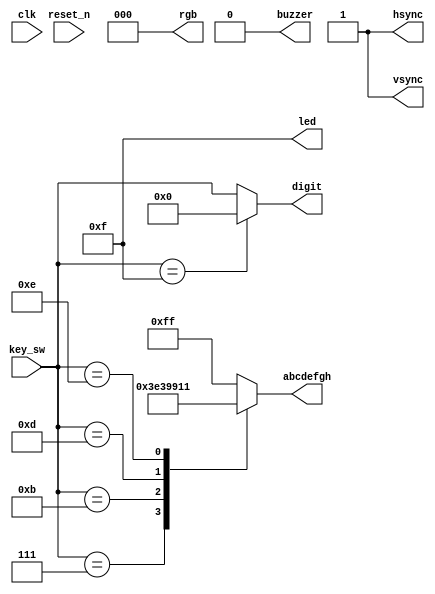
module top
(
    input        clk,
    input        reset_n,
    
    input  [3:0] key_sw,
    output [3:0] led,

    output [7:0] abcdefgh,
    output [3:0] digit,

    output       buzzer,

    output       hsync,
    output       vsync,
    output [2:0] rgb
);

    assign led    = 4'hf;
    assign buzzer = 1'b0;
    assign hsync  = 1'b1;
    assign vsync  = 1'b1;
    assign rgb    = 3'b0;

    //   --a--
    //  |     |
    //  f     b
    //  |     |
    //   --g--
    //  |     |
    //  e     c
    //  |     |
    //   --d--  h
    //
    //  0 means light

    parameter [7:0] C = 8'b01100011,

						  ZERO = 8'b11111111,
                    P = 8'b00110001,
						  O = 8'b00000011,
						  L = 8'b11100011,
						  Y = 8'b10011001,
						  A = 8'b00010001;

//    assign abcdefgh = key_sw [0] ? C : E;
//    assign digit    = key_sw [1] ? 4'b1110 : 4'b1101;

    // Exercise 1: Display the first letters
    // of your first name and last name instead.

//     assign abcdefgh = key_sw [0] ? L :O ;
//     assign digit    = key_sw [1] ? 4'b1110 : 4'b1101;


    // Exercise 2: Display letters of a 4-character word
    // using this code to display letter of ChIP as an example



    reg [7:0] letter;
    
    always @*
      case (key_sw)

      4'b0111: letter = O;
		4'b1011: letter = L;
		4'b1101: letter = Y;
		4'b1110: letter = A;
      default: letter = ZERO;
      endcase
      
    assign abcdefgh = letter;
    assign digit    = key_sw == 4'b1111 ? 4'b0000 : key_sw;
// 

endmodule